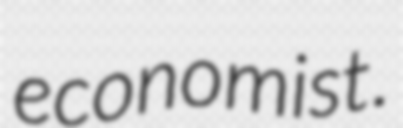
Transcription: economist.